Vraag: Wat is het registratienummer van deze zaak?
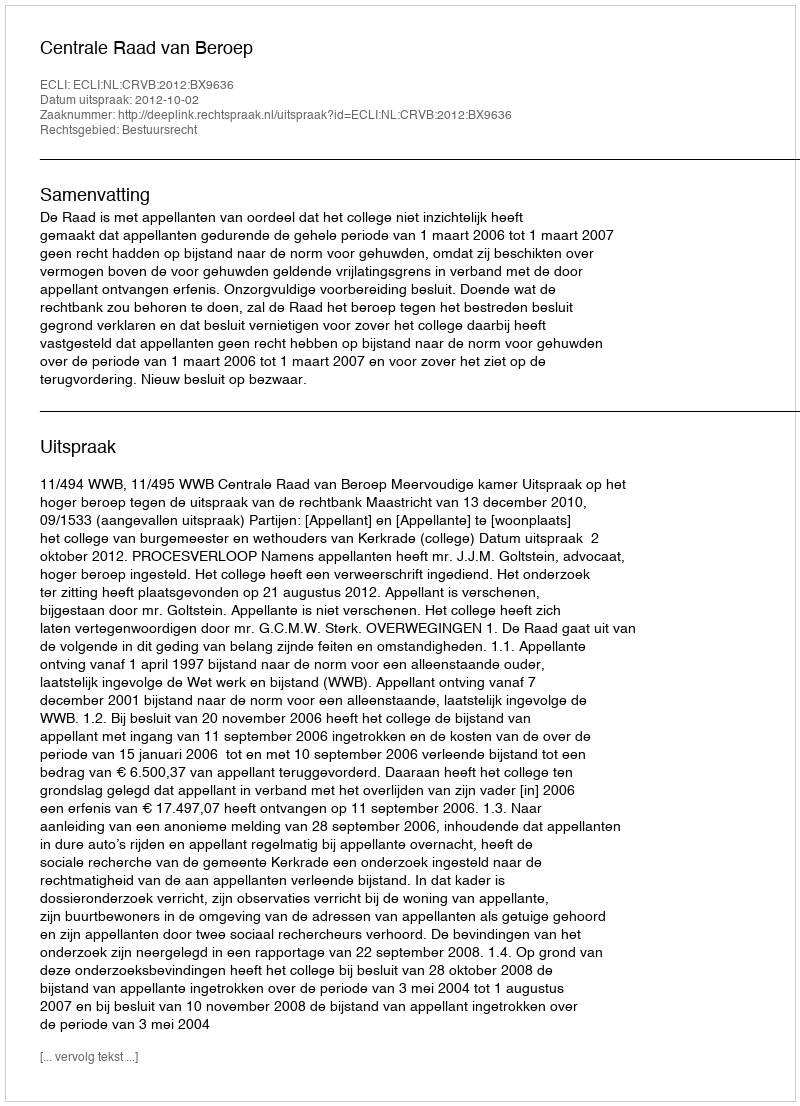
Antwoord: http://deeplink.rechtspraak.nl/uitspraak?id=ECLI:NL:CRVB:2012:BX9636